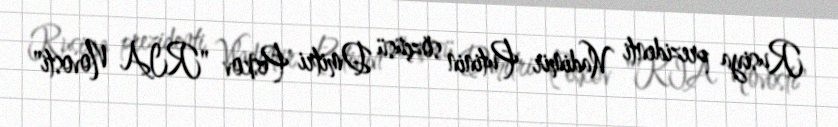
Rusiya prezidenti Vladimir Putinin sözçüsü Dmitri Peskov "RIA Novosti"